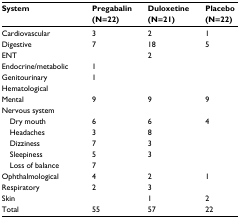
| System | Pregabalin (N=22) | Duloxetine (N=21) | Placebo (N=22) |
 | --- | --- | --- | --- |
 | Cardiovascular | 3 | 2 | 1 |
 | Digestive | 7 | 18 | 5 |
 | ENT |  | 2 |  |
 | Endocrine/metabolic | 1 |  |  |
 | Genitourinary | 1 |  |  |
 | Hematological |  |  |  |
 | Mental | 9 | 9 | 9 |
 | Nervous system |  |  |  |
 | Dry mouth | 6 | 6 | 4 |
 | Headaches | 3 | 8 |  |
 | Dizziness | 7 | 3 |  |
 | Sleepiness | 5 | 3 |  |
 | Loss of balance | 7 |  |  |
 | Ophthalmological | 4 | 2 | 1 |
 | Respiratory | 2 | 3 |  |
 | Skin |  | 1 | 2 |
 | Total | 55 | 57 | 22 |